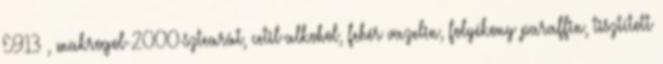
E913 , makrogol-2000-sztearát, cetil-alkohol, fehér vazelin, folyékony paraffin, tisztított